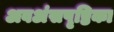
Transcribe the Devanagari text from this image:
अवअंसपृष्ठिका